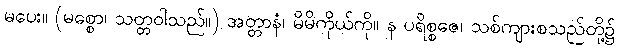
မပေး။ (မစ္စော၊ သတ္တဝါသည်။) အတ္တာနံ၊ မိမိကိုယ်ကို။ န ပရိစ္စဇေ၊ သစ်ကျားစသည်တို့၌